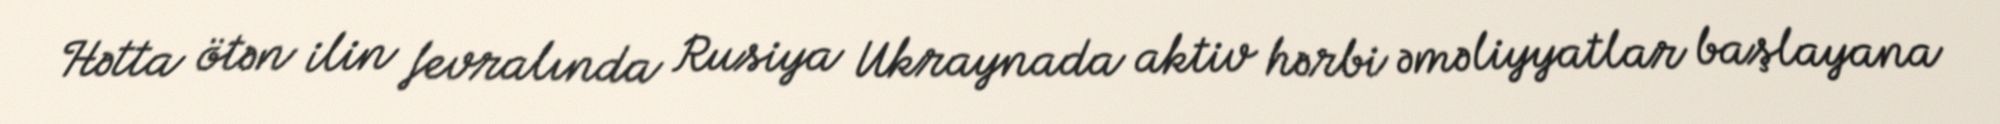
Hətta ötən ilin fevralında Rusiya Ukraynada aktiv hərbi əməliyyatlar başlayana